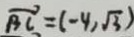
\overrightarrow { B C } = ( - 4 , \sqrt { 3 } )